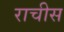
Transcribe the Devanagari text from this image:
राचीस